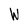
Character: W